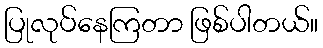
ပြုလုပ်နေကြတာ ဖြစ်ပါတယ်။